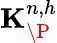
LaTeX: \mathbf{K}_{\P}^{n,h}